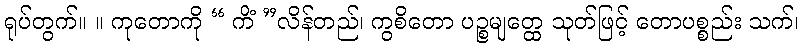
ရုပ်တွက်။ ။ ကုတောကို “ ကိံ ”လိန်တည်၊ ကွစိတော ပဉ္စမျတ္ထေ သုတ်ဖြင့် တောပစ္စည်း သက်၊